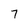
Character: 7